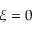
\xi = 0